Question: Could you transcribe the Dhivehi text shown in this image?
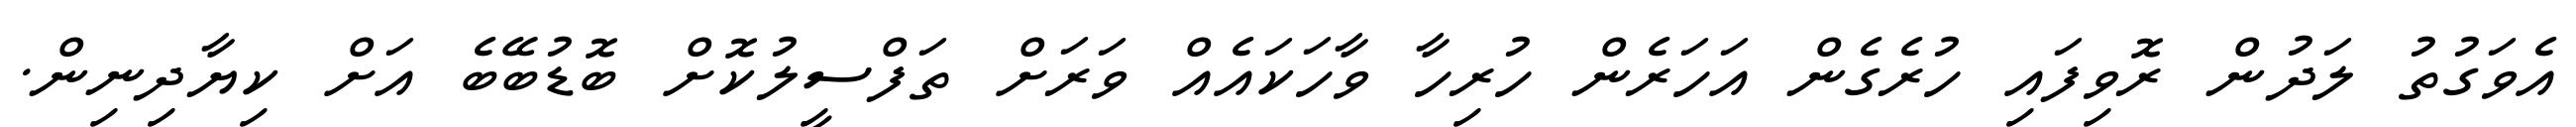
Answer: އެވަގުތު ލަދުން ރޮވިފައި ހުރެގެން އަހަރެން ހުރިހާ ވާހަކައެއް ވަރަށް ތަފްސީލުކޮށް ބޮޑުބޭބެ އަށް ކިޔާދިނިން.